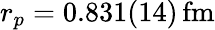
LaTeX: r_{p}=0.831(14)\, \mathrm{fm}